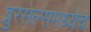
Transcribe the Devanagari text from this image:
ब्रुरसेल्समध्येच